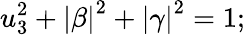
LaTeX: u_{3}^{2}+\left|\beta\right|^{2}+\left|\gamma\right|^{2}=1;